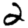
Digit: 2